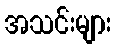
အသင်းများ